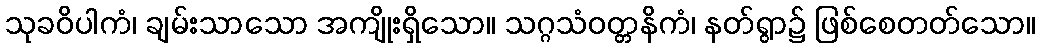
သုခဝိပါကံ၊ ချမ်းသာသော အကျိုးရှိသော။ သဂ္ဂသံဝတ္တနိကံ၊ နတ်ရွာ၌ ဖြစ်စေတတ်သော။